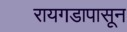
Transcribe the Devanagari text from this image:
रायगडापासून